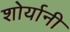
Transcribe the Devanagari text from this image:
शोर्यानी